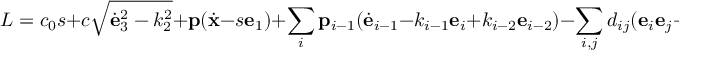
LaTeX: L = c _ { 0 } s + c \sqrt { { \dot { \bf e } } _ { 3 } ^ { 2 } - k _ { 2 } ^ { 2 } } + { \bf p } ( { \dot { \bf x } } - s { \bf e } _ { 1 } ) + \sum _ { i } { \bf p } _ { i - 1 } ( { \dot { \bf e } } _ { i - 1 } - k _ { i - 1 } { \bf e } _ { i } + k _ { i - 2 } { \bf e } _ { i - 2 } ) - \sum _ { i , j } d _ { i j } ( { \bf e } _ { i } { \bf e } _ { j } - \delta _ { i j } ) ,